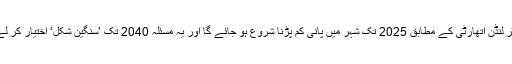
گریٹر لنڈن اتھارٹی کے مطابق 2025 تک شہر میں پانی کم پڑنا شروع ہو جائے گا اور یہ مسئلہ 2040 تک ’سنگین شکل‘ اختیار کر لے گا۔